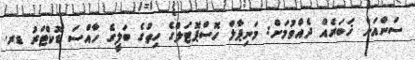
ސަންއަށް ޚަބަރެއް ދެއްވުމަށް: މަނިޕާލް ހޮސްޕޮޓަލްގެ ހިތުގެ ބަލީގެ ހާއްސަ ޑޮކްޓަރު ޑރ.